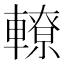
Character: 轑